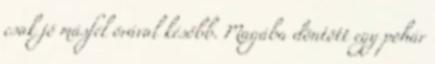
csak jó másfél órával később. Magába döntött egy pohár